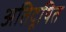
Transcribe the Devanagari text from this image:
अतिदूषित